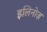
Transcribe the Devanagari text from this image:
इलिनोज़